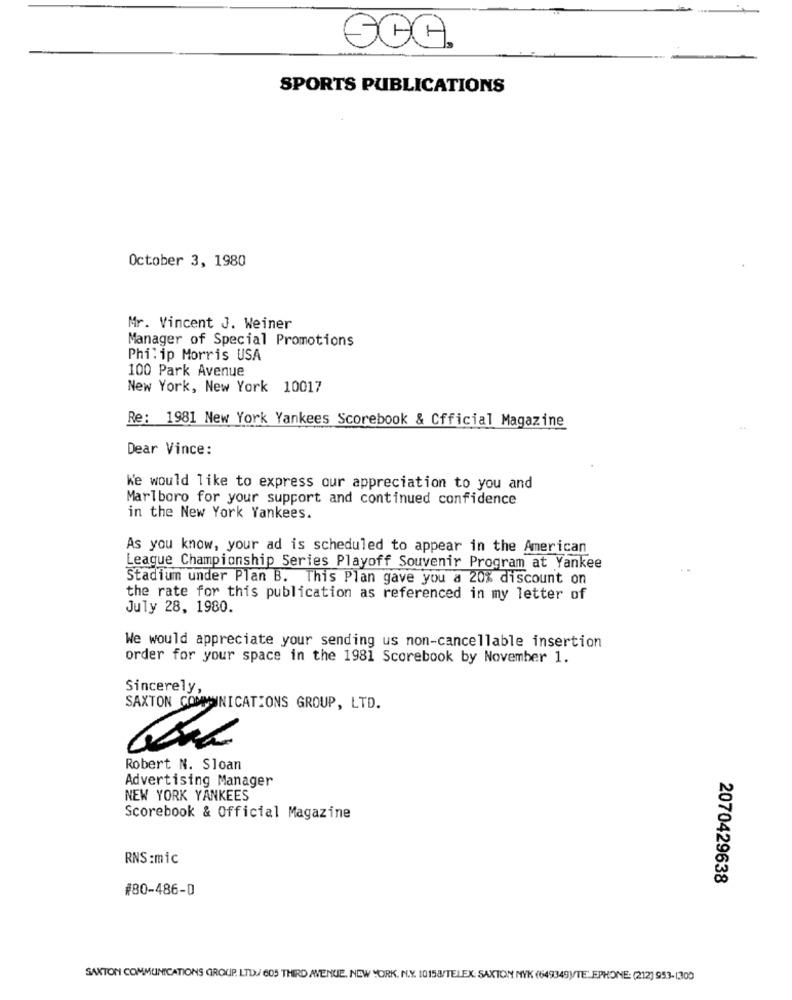
SPORTS PUBLICATIONS
October 3, 1980
Mr. Vincent J. Weiner
Manager of Special Promotions
Philip Morris USA
100 Park Avenue
New York, New York 10017
Re: 1981 New York Yankees Scorebook & Official Magazine
Dear Vince:
We would like to express our appreciation to you and
Marlboro for your support and continued confidence
in the New York Yankees.
As you know, your ad is scheduled to appear in the American
League Championship Series Playoff Souvenir Program at Yankee
..
Stadium under Plan B. This Plan gave you a 20% discount on
the rate for this publication as referenced in my letter of
July 28, 1980.
We would appreciate your sending us non-cancellable insertion
order for your space in the 1981 Scorebook by November 1.
Sincerely,
SAXTON COMMUNICATIONS GROUP, LTD.
Robert N. Sloan
Advertising Manager
NEW YORK YANKEES
Scorebook & Official Magazine
RNS:mic
2070429638
#80-486-0
SAXTON COMMUNICATIONS GROUP. LTD./ 605 THIRD AVENUE, NEW YORK, N.Y. 10158/TELEX: SAXTON NYK (649349V/TELEPHONE: (212) 953-1300